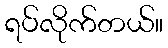
ရပ်လိုက်တယ်။